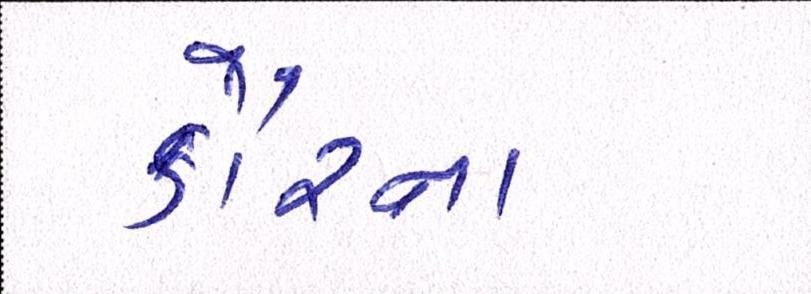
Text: કૌરના